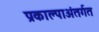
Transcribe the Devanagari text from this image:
प्रकाल्पाअंतर्गत